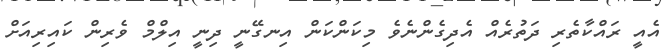
އެއީ ރައްކާތެރި ދަތުރެއް އެދިގެންނެވެ މިކަންކަން އިނގޭނީ ދިނީ އިލްމް ވެރިން ކައިރިއަށް